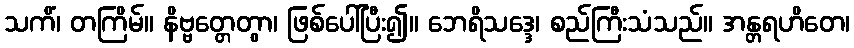
သကိံ၊ တကြိမ်။ နိဗ္ဗတ္တေတွာ၊ ဖြစ်ပေါ်ပြီး၍။ ဘေရိသဒ္ဒေ၊ စည်ကြီးသံသည်။ အန္တရဟိတေ၊